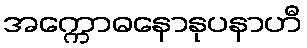
အက္ကောဓနောနုပနာဟီ